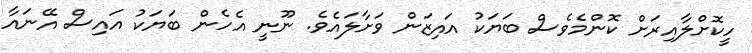
ހީކޮށްލާއިރަށް ކޮންމެވެސް ބަޔަކު އައިޒަން ވަށާލައެވެ. ނޫނީ އެހެން ބަޔަކު އައިސް އޭނައާ